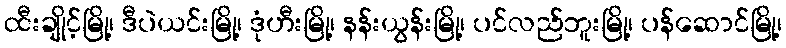
ထီးချိုင့်မြို့၊ ဒီပဲယင်းမြို့၊ ဒုံဟီးမြို့၊ နန်းယွန်းမြို့၊ ပင်လည်ဘူးမြို့၊ ပန်ဆောင်မြို့၊